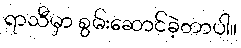
ရာသီမှာ စွမ်းဆောင်ခဲ့တာပါ။